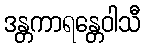
ဒန္တကာရန္တေဝါသီ